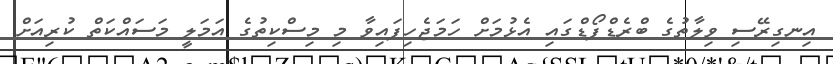
އިނގިރޭސި ވިލާތުގެ ބްރެޑްފޯޑްގައި އެޅުމަށް ހަމަޖެހިފައިވާ މި މިސްކިތުގެ އަމަލީ މަސައްކަތް ކުރިއަށް